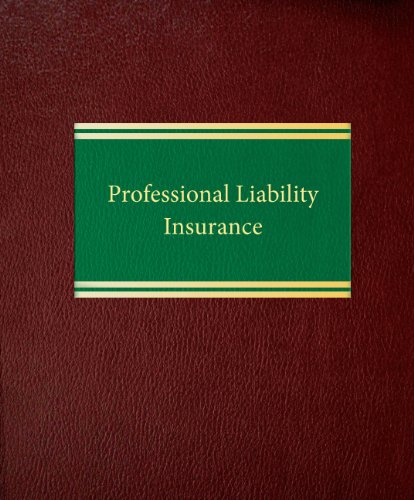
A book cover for Professional Liability Insurance (Insurance Series); Thomas A. Marrinson; Law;